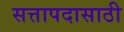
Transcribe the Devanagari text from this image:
सत्तापदासाठी